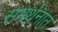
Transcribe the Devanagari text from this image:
समर्थनात